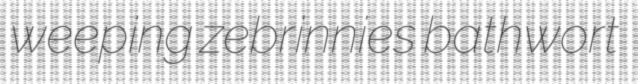
weeping zebrinnies bathwort